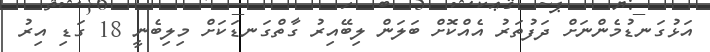
އަޅުގަނޑުމެންނަށް ދަފުތަރު އެއްކޮށް ބަލަން ލިބޭއިރު ގާތްގަނޑަކަށް މިލިބެނީ 18 ގަޑި އިރު